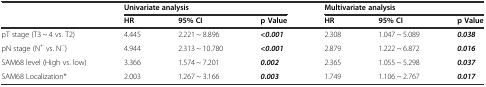
| <ROWSPAN=2>  | <COLSPAN=3> Univariate analysis | <COLSPAN=3> Multivariate analysis |
 | HR | 95% CI | p Value | HR | 95% CI | p Value |
 | --- | --- | --- | --- | --- | --- | --- |
 | pT stage (T3 ~ 4 vs. T2) | 4.445 | 2.221 ~ 8.896 | <0.001 | 2.308 | 1.047 ~ 5.089 | 0.038 |
 | pN stage (N+ vs. N−) | 4.944 | 2.313 ~ 10.780 | <0.001 | 2.879 | 1.222 ~ 6.872 | 0.016 |
 | SAM68 level (High vs. low) | 3.366 | 1.574 ~ 7.201 | 0.002 | 2.365 | 1.055 ~ 5.298 | 0.037 |
 | SAM68 Localization* | 2.003 | 1.267 ~ 3.166 | 0.003 | 1.749 | 1.106 ~ 2.767 | 0.017 |